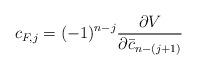
LaTeX: \begin{align*}c_{F,j} = (-1)^{n-j}\frac{\partial V}{\partial \bar{c}_{n-(j+1)}} \end{align*}